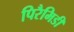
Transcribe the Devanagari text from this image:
पिरैमिडी